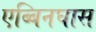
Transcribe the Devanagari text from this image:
एब्बिनघास